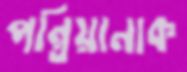
পন্তিয়ানাক